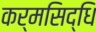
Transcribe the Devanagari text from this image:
कर्मसिद्धि